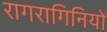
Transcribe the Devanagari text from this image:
रागरागिनियों